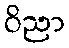
ဝိညာ